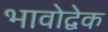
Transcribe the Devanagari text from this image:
भावोद्वेक